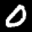
Label: 0